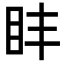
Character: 盽